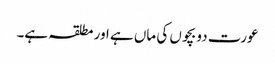
عورت دو بچوں کی ماں ہے اور مطلقہ ہے۔